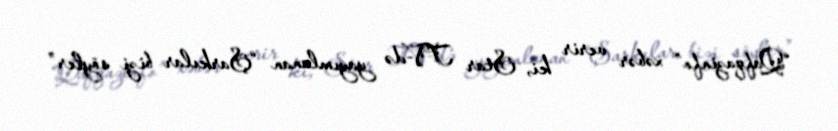
“Qafqazinfo” xəbər verir ki, Star TV-də yayımlanan “Şarkılar bizi söyler”